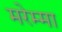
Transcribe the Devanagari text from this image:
मरेम्मा